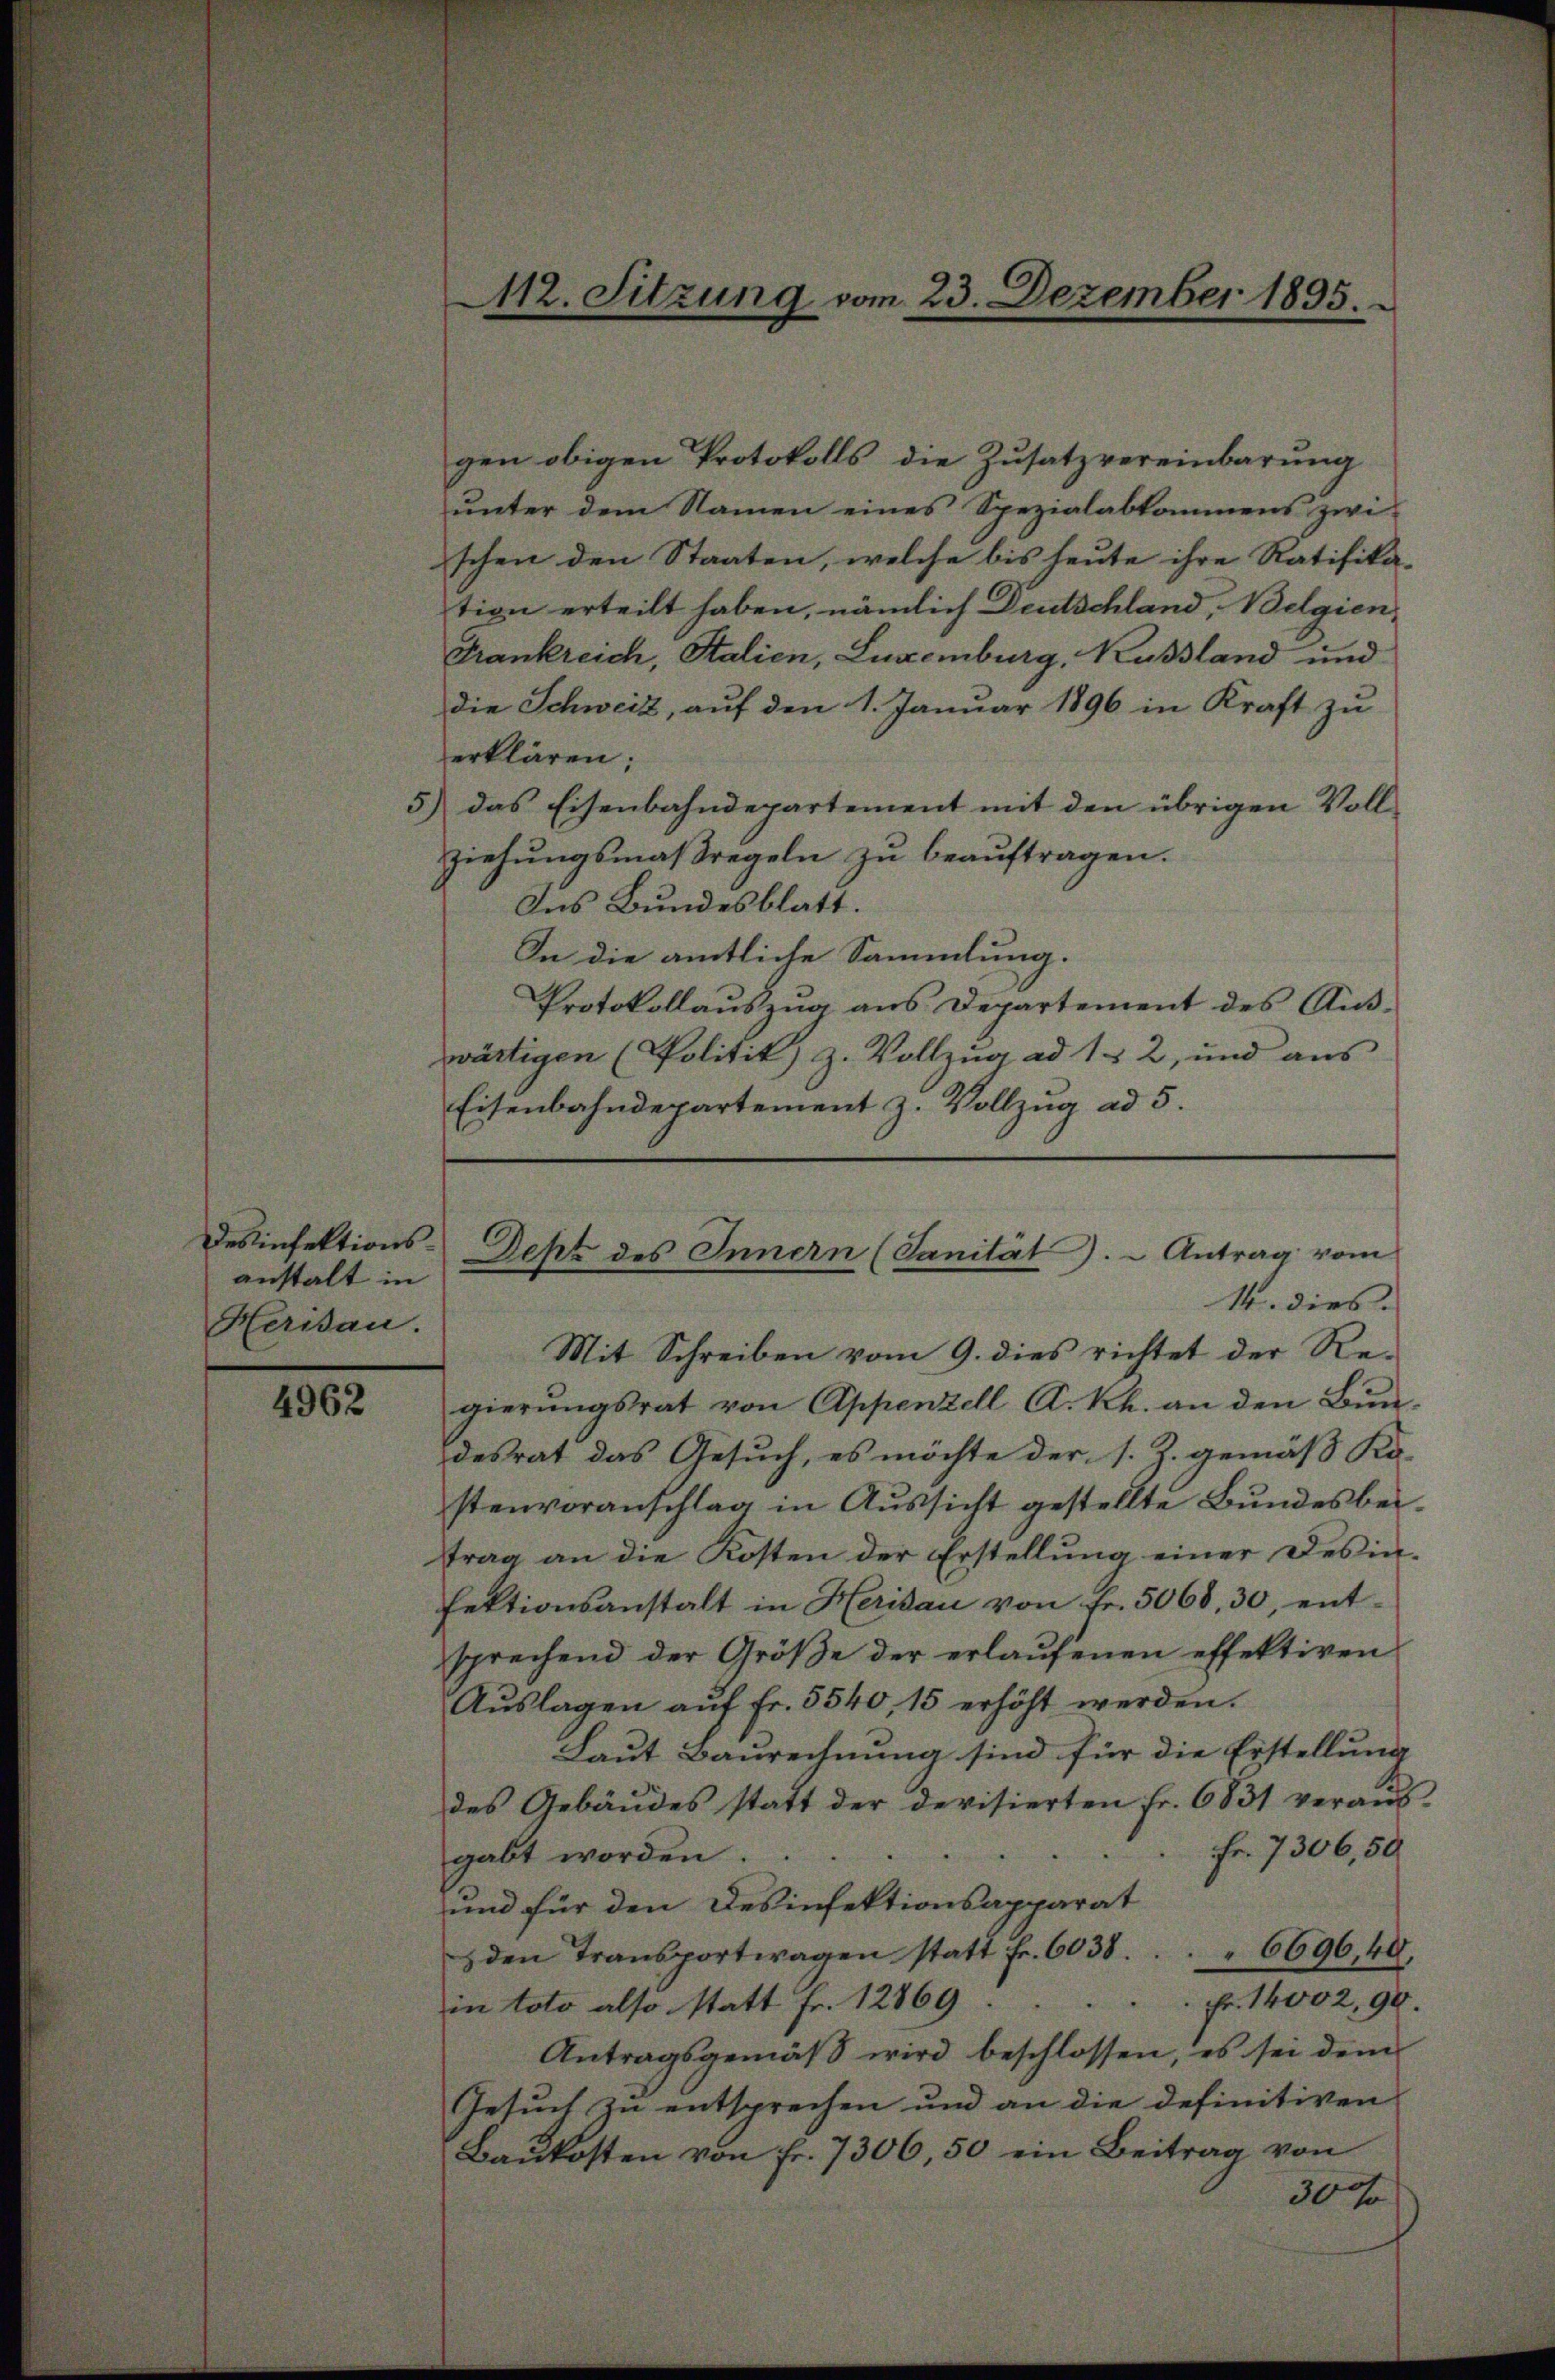
Desinfektionsanstalt in
Herisau.

4962

unter dem Namen eines Spezialabkommens zwi
schen den Staaten, welche bis heute ihre Ratifika-
tion erteilt haben, nämlich Deutschland, Belgien,
Frankreich, Stalien, Luxenburg, Russland und
die Schweiz, auf den 1. Januar 1896 in Kraft zu
erklären;
5) das Eisenbahndepartement mit den übrigen Vollziehŭngsmaßregeln zŭ beaŭftragen.
Ins Bundesblatt.
In die amtliche Sammlung.
Protokollauszug aus Departement des Aus-
wärtigen (Politik) z. Vollzug ad 1, 2, und aus
Eisenbahndepartement z. Vollzug ad 5.

112. Sitzung vom 23. Dezember 1895

gen obigen Protokolls die Zusatzvereinbarung

Dept des Innern (Sanität). - Antrag vom
14. dies

Mit Schreiben vom 9. dies richtet der Regierŭngsrat von Appenzell A. Rh. an den Bundesrat das Gesuch, es möchte der s. Z. gemäß Ko-
stenvoranschlag in Aŭssicht gestellte Bŭndesbei-
trag an die Kosten der Erstellung einer Desin-
fektionsanstalt in Herisau von fr. 5068, 30, ent-
sprechend der Größe der erlaufenen effektiven
Aŭslagen aŭf fr. 5540, 15 erhöht werden.
Laut Baurechnung sind für die Erstellung
des Gebäudes statt der devisierten Fr. 6831 veraŭs-
Fr. 7306,50
gabt worden.
und für den Desinfektionsapparat
den Transportwagen statt fr. 6038. . . . 6696, 40,
in toto also statt Fr. 12869. Fr. 14002,90.
Antragsgemäß wird beschlossen, es sei dem
Gesuch zu entsprechen und an die definitiven
Baŭkosten von fr. 7306,50 ein Beitrag von
300